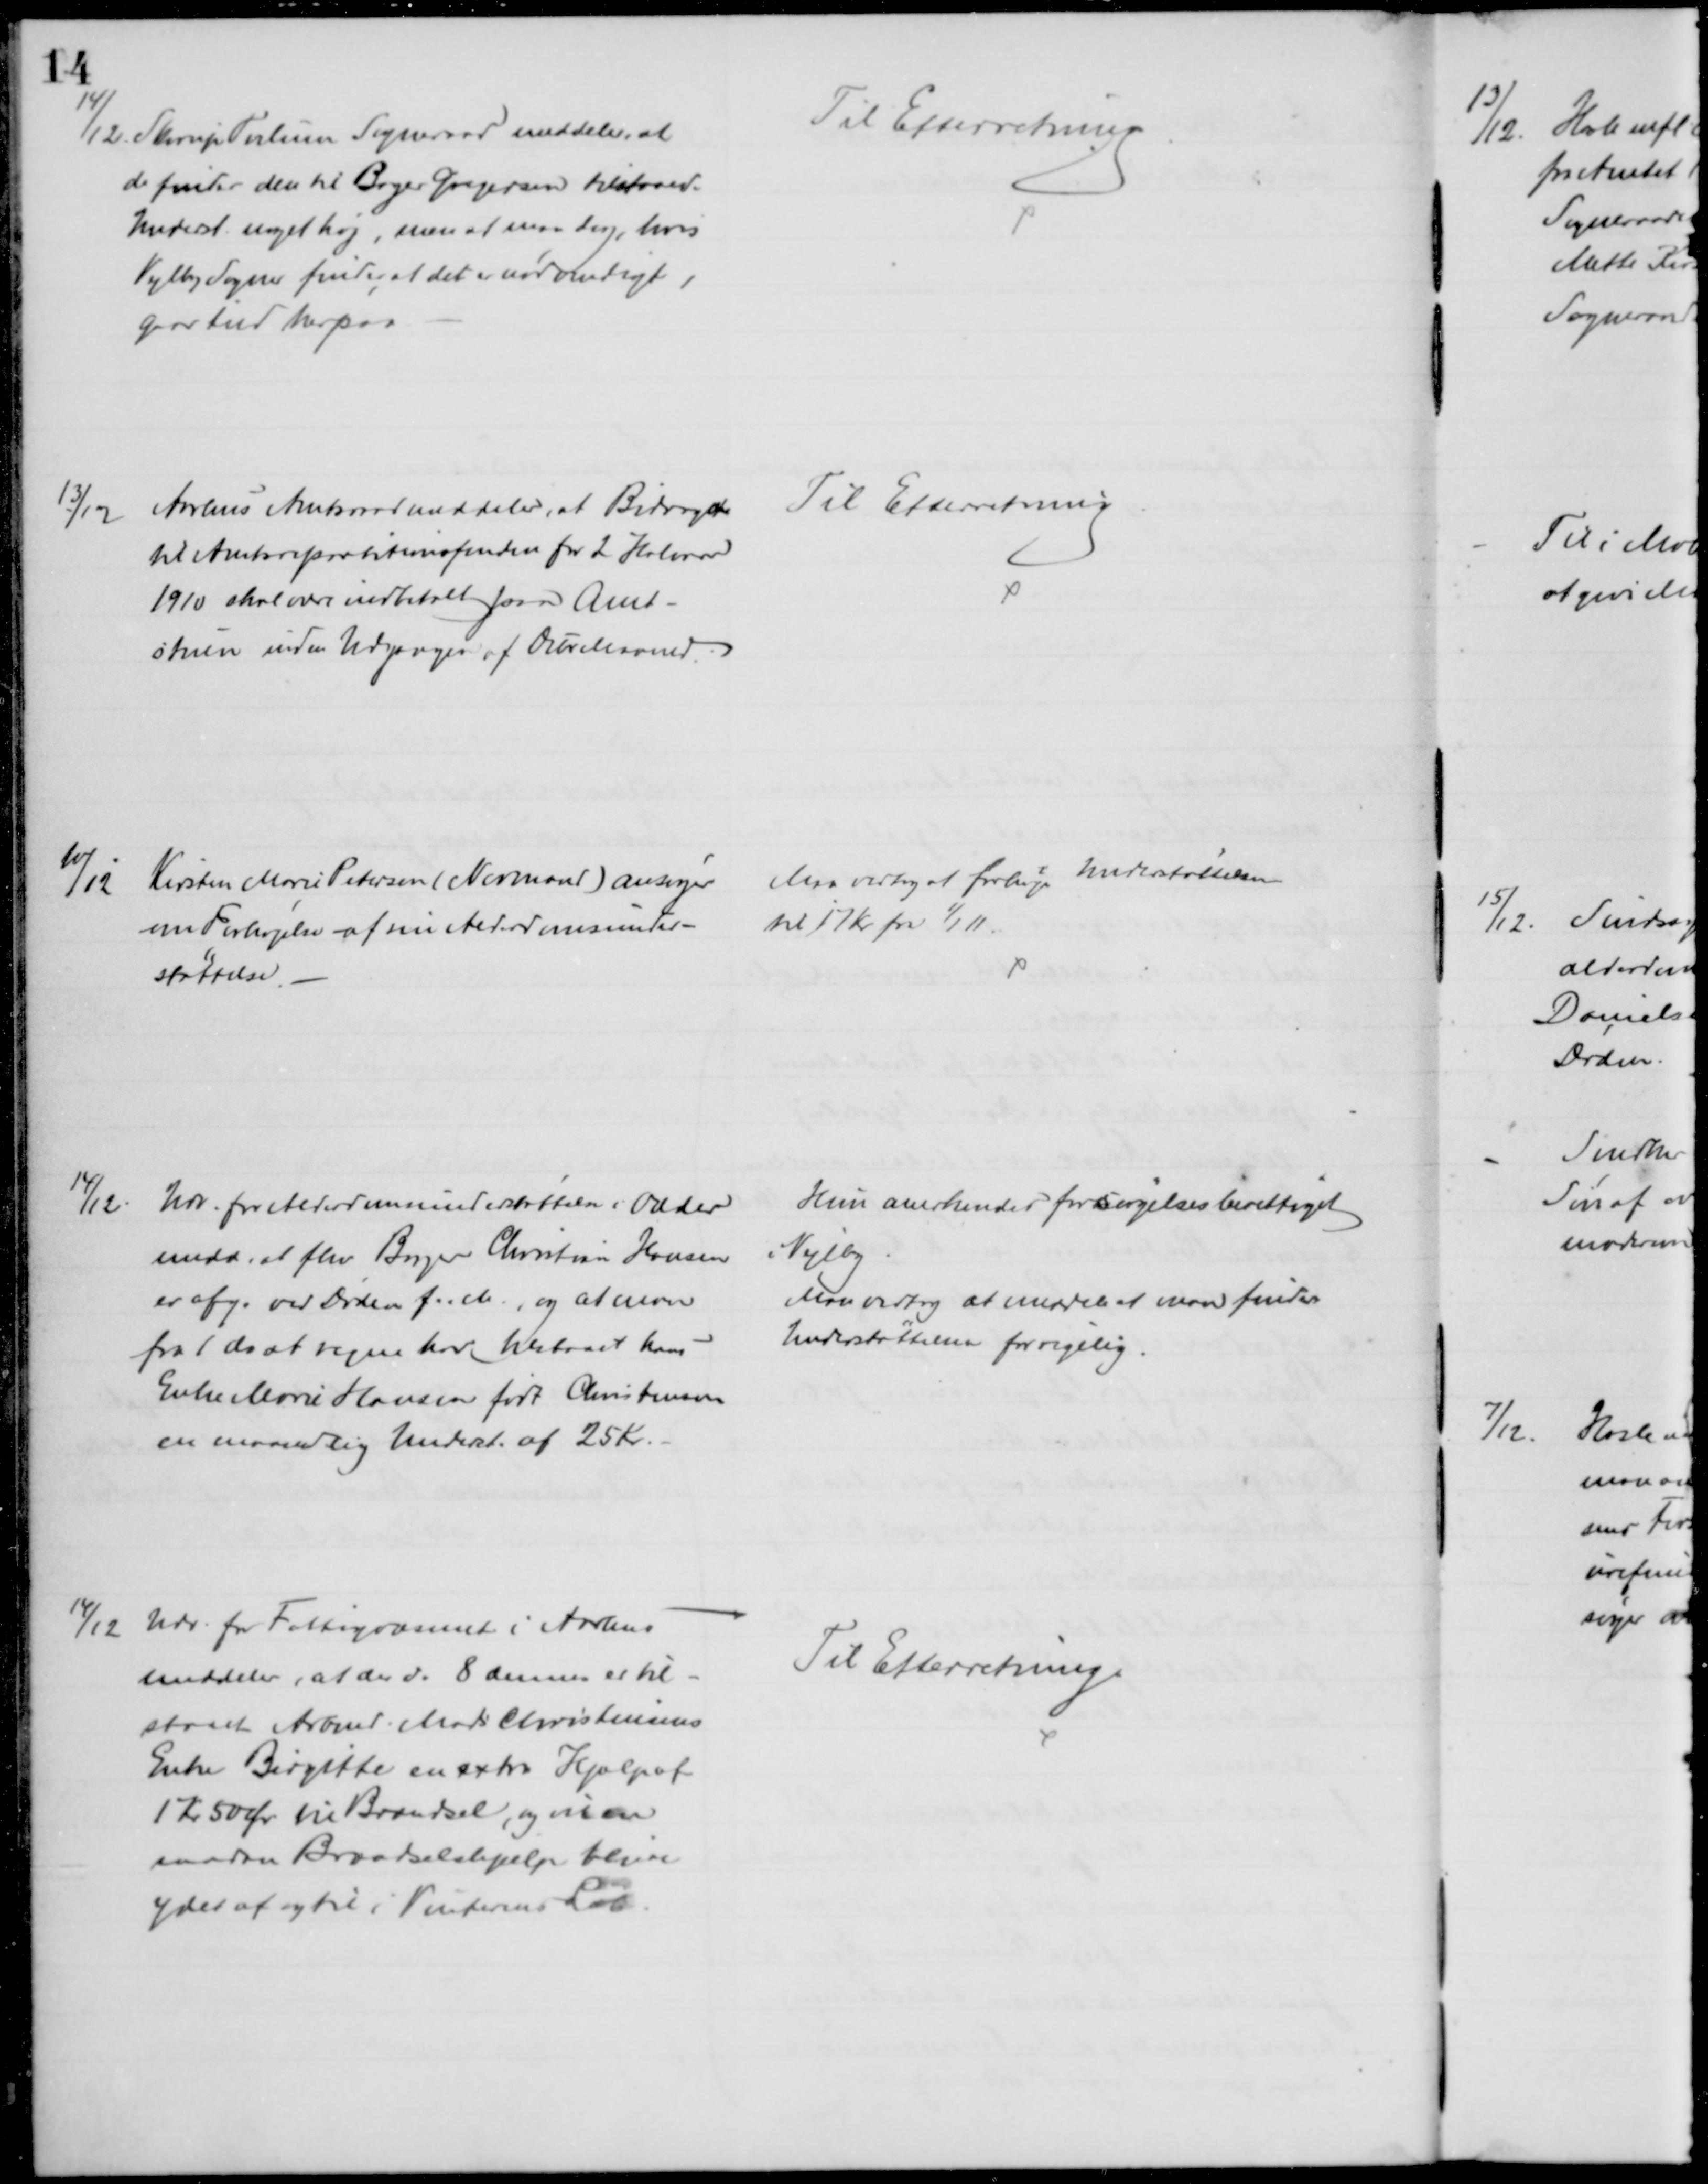
Transskription:
14/12. Skorup Tvilum Sogneraad meddeler, at
de finder den til Bager Gregersen tilstaaede
Underst noget høj, men at man dog, hvis
Vejlby Sogner finder det er nødvendigt, 
gaar ind herpaa.
Til Efterretning
13/12
Aarhus Amtsraad meddeler, at Bidraget
til Amtsrepartitionsfonden for 2 Halvaar
1910 skal være indbetalt paa Amt-
stuen inden Udgangen af Debr Maaned
Til Efterretning
10/12
Kirsten Marie Petersen (Normand) ansøger
om Forhøjelse af sin Alderdomsunder-
støttelse.
Maa vedtog at forhøje Understøttelsen
til 17 Kr fra 1/1 11.
14/12
Udv. for Alderdomsunderstøttelsen i Odder
medd. at fhv Bager Christian Hansen
er afg. ved Døden f. M., og at man
fra 1 ds at regne har tilstaaet hans
Enke Marie Hansen født Christensen
en maanedlig Underst. af 25 Kr.
Hun anerkendes forsørgelsesberettiget
i Vejlby
Man vedtog at meddele at man finder
Understøttelsen for rigelig.
14/12 Udv. for Fattigvæsenet i Aarhus
meddeler, at der d. 8 dennes er til-
staaet Arbmd. Mads Christensens
Enke Birgitte en extra Hjælp af
1 Kr 50 Øre til Brændsel, og at en
saadan Brændselshjælp bliver
ydet af og til i Vinterens Løb.
Til Efterretning.